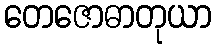
တေဇောဓာတုယာ